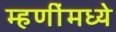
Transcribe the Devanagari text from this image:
म्हणींमध्ये